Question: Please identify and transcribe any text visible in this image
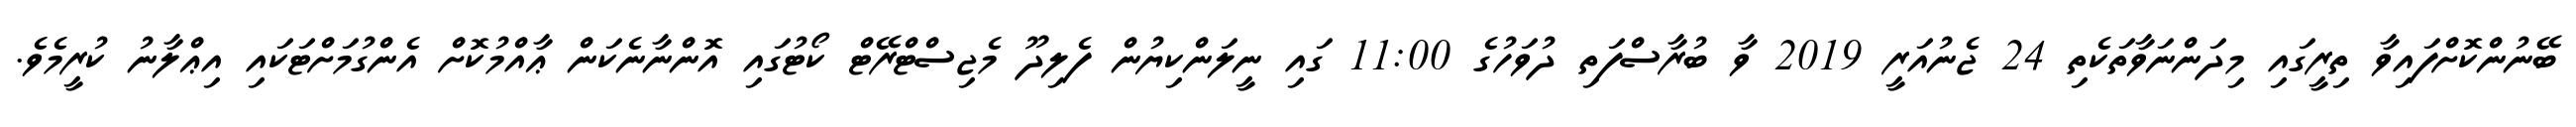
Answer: ބޭނުންކޮށްފައިވާ ތިރީގައި މިދަންނަވާތަކެތި 24 ޖެނުއަރީ 2019 ވާ ބުރާސްފަތި ދުވަހުގެ 11:00 ގައި ނީލަންކިޔުން ފެލިދޫ މެޖިސްޓްރޭޓް ކޯޓުގައި އޮންނާނެކަން ޢާއްމުކޮށް އެންގުމަށްޓަކައި އިޢްލާނު ކުރީމެވެ.